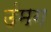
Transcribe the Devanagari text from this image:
उंमग